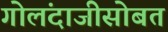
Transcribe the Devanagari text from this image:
गोलंदाजीसोबत